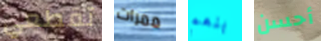
تقطعي ممرات بنعم أحسن